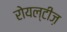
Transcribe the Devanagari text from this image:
रोयल्टीज़